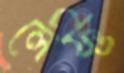
লেফ্ট